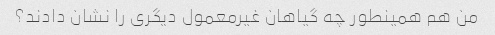
من هم همینطور چه گیاهان غیرمعمول دیگری را نشان دادند؟